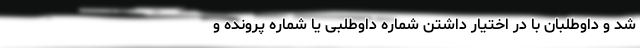
شد و داوطلبان با در اختیار داشتن شماره داوطلبی یا شماره پرونده و